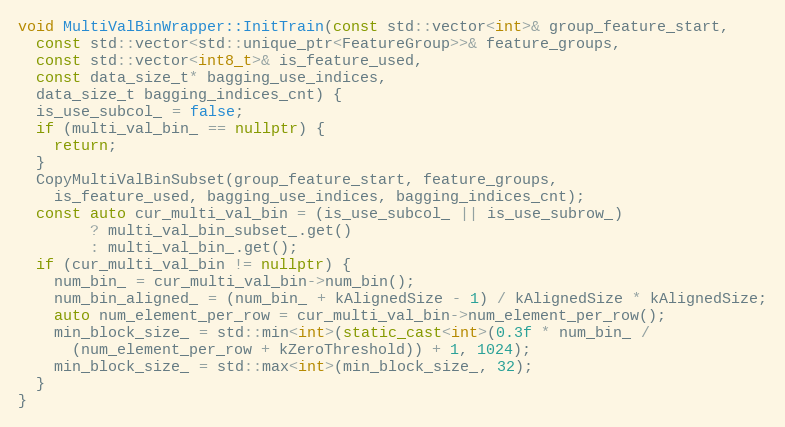
Language: C++
void MultiValBinWrapper::InitTrain(const std::vector<int>& group_feature_start,
  const std::vector<std::unique_ptr<FeatureGroup>>& feature_groups,
  const std::vector<int8_t>& is_feature_used,
  const data_size_t* bagging_use_indices,
  data_size_t bagging_indices_cnt) {
  is_use_subcol_ = false;
  if (multi_val_bin_ == nullptr) {
    return;
  }
  CopyMultiValBinSubset(group_feature_start, feature_groups,
    is_feature_used, bagging_use_indices, bagging_indices_cnt);
  const auto cur_multi_val_bin = (is_use_subcol_ || is_use_subrow_)
        ? multi_val_bin_subset_.get()
        : multi_val_bin_.get();
  if (cur_multi_val_bin != nullptr) {
    num_bin_ = cur_multi_val_bin->num_bin();
    num_bin_aligned_ = (num_bin_ + kAlignedSize - 1) / kAlignedSize * kAlignedSize;
    auto num_element_per_row = cur_multi_val_bin->num_element_per_row();
    min_block_size_ = std::min<int>(static_cast<int>(0.3f * num_bin_ /
      (num_element_per_row + kZeroThreshold)) + 1, 1024);
    min_block_size_ = std::max<int>(min_block_size_, 32);
  }
}